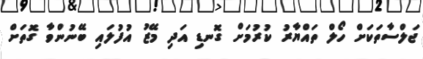
ޖަލްސާތަކަށް ހޯލް ތައްޔާރު ކުރުމަށް ގޮނޑި އަދި މޭޒު އުފުލައި ބޭނުންވާ ގޮތަށް